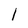
Character: l